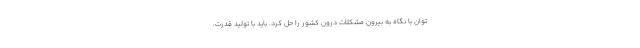
توان با نگاه به بیرون مشکلات درون کشور را حل کرد. باید با تولید قدرت،